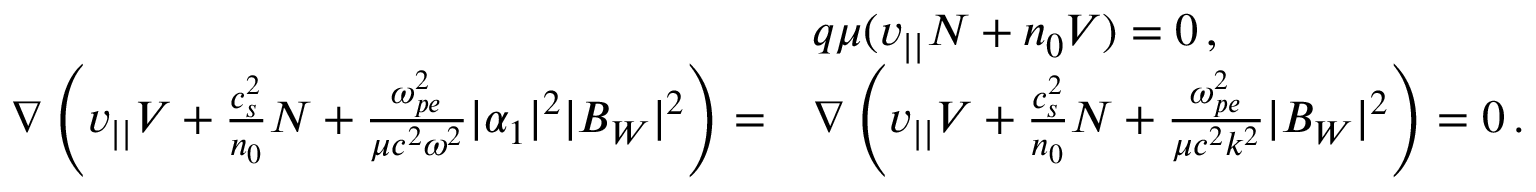
\begin{array} { r l } & { q \mu ( v _ { | | } N + n _ { 0 } V ) = 0 \, , } \\ { \nabla \left( v _ { | | } V + \frac { c _ { s } ^ { 2 } } { n _ { 0 } } N + \frac { \omega _ { p e } ^ { 2 } } { \mu c ^ { 2 } \omega ^ { 2 } } | \alpha _ { 1 } | ^ { 2 } | B _ { W } | ^ { 2 } \right) = } & { \nabla \left( v _ { | | } V + \frac { c _ { s } ^ { 2 } } { n _ { 0 } } N + \frac { \omega _ { p e } ^ { 2 } } { \mu c ^ { 2 } k ^ { 2 } } | B _ { W } | ^ { 2 } \right) = 0 \, . } \end{array}